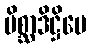
မိစ္ဆာဒိဋ္ဌိပေ